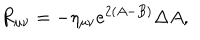
R _ { \mu \nu } = - \eta _ { \mu \nu } e ^ { 2 ( A - B ) } \Delta A ,